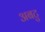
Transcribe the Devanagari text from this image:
अबटु